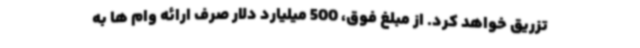
تزریق خواهد کرد. از مبلغ فوق، 500 میلیارد دلار صرف ارائه وام ها به